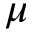
\mu